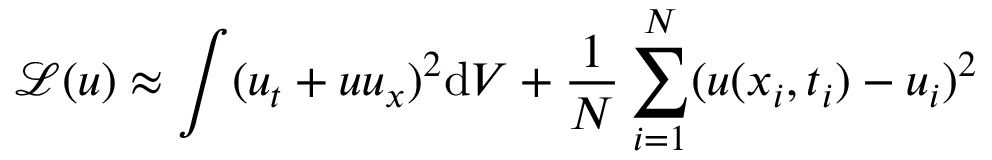
\mathcal { L } ( u ) \approx \int ( u _ { t } + u u _ { x } ) ^ { 2 } \mathrm { d } V + \frac { 1 } { N } \sum _ { i = 1 } ^ { N } ( u ( x _ { i } , t _ { i } ) - u _ { i } ) ^ { 2 }